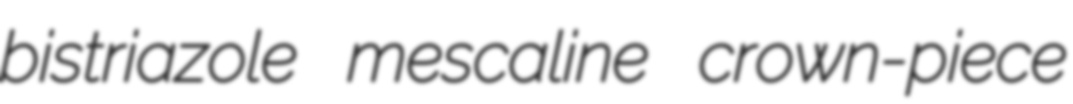
bistriazole mescaline crown-piece